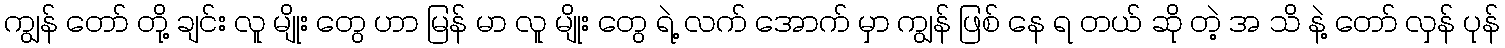
ကျွန် တော် တို့ ချင်း လူ မျိုး တွေ ဟာ မြန် မာ လူ မျိုး တွေ ရဲ့ လက် အောက် မှာ ကျွန် ဖြစ် နေ ရ တယ် ဆို တဲ့ အ သိ နဲ့ တော် လှန် ပုန်